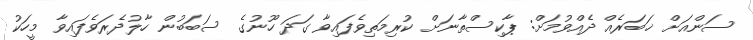
ސަންއަށް ޚަބަރެއް ދެއްވުމަށް: ޕާކިސްތާނަށް ކުރިމަތިވެފައިވާ ގަދަ ހޫނުގެ ސަބަބުން ހާލުދެރަވެފައިވާ މީހަކު